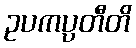
ဥပကပ္ပတီတိ